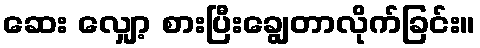
ဆေး လျှော့ စားပြီးချွေတာလိုက်ခြင်း။